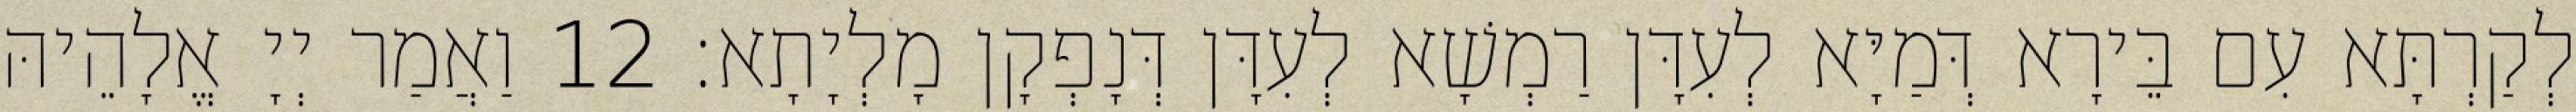
לְקַרְתָּא עִם בֵּירָא דְּמַיָּא לְעִדָּן רַמְשָׁא לְעִדָּן דְּנָפְקָן מָלְיָתָא׃ 12 וַאֲמַר יְיָ אֱלָהֵיהּ